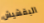
البقشيش